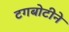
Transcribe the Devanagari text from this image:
टगबोटीने